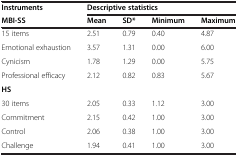
<table><thead><tr><td><b>Instruments</b></td><td colspan="4"><b>Descriptive statistics</b></td></tr><tr><td><b>MBI-SS</b></td><td><b>Mean</b></td><td><b>SD*</b></td><td><b>Minimum</b></td><td><b>Maximum</b></td></tr></thead><tbody><tr><td>15 items</td><td>2.51</td><td>0.79</td><td>0.40</td><td>4.87</td></tr><tr><td>Emotional exhaustion</td><td>3.57</td><td>1.31</td><td>0.00</td><td>6.00</td></tr><tr><td>Cynicism</td><td>1.78</td><td>1.29</td><td>0.00</td><td>5.75</td></tr><tr><td>Professional efficacy</td><td>2.12</td><td>0.82</td><td>0.83</td><td>5.67</td></tr><tr><td><b>HS</b></td><td> </td><td> </td><td> </td><td> </td></tr><tr><td>30 items</td><td>2.05</td><td>0.33</td><td>1.12</td><td>3.00</td></tr><tr><td>Commitment</td><td>2.15</td><td>0.42</td><td>1.00</td><td>3.00</td></tr><tr><td>Control</td><td>2.06</td><td>0.38</td><td>1.00</td><td>3.00</td></tr><tr><td>Challenge</td><td>1.94</td><td>0.41</td><td>1.00</td><td>3.00</td></tr></tbody></table>